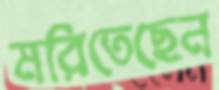
মরিতেছেন